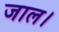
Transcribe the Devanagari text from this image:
जाल।